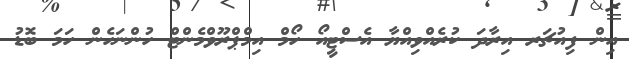
އިން ފިއުޗަރ އިރާދަ ކުރެއްވިއްޔާ އެސްޓީއޯ ހޯމް އިމްޕްރޫވްމެންޓް ހުންނަހެން ހަމަ ބޮޑު